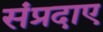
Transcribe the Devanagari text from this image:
संप्रदाए